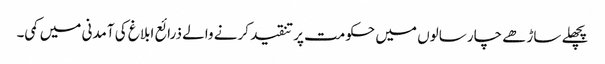
پچھلے ساڑھے چار سالوں میں حکومت پر تنقید کرنے والے ذرائع ابلاغ کی آمدنی میں کمی۔